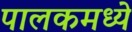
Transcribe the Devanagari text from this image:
पालकमध्ये